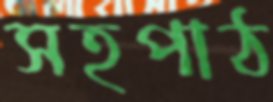
সহপাঠ